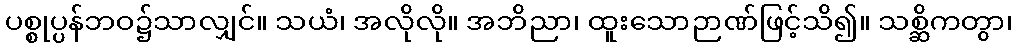
ပစ္စုပ္ပန်ဘဝ၌သာလျှင်။ သယံ၊ အလိုလို။ အဘိညာ၊ ထူးသောဉာဏ်ဖြင့်သိ၍။ သစ္ဆိကတွာ၊